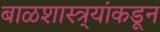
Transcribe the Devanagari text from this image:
बाळशास्त्र्यांकडून